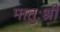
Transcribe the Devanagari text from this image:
मातुःश्री